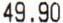
49.90